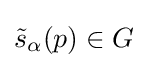
{\tilde {s}}_{\alpha }(p)\in G